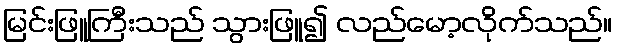
မြင်းဖြူကြီးသည် သွားဖြူ၍ လည်မော့လိုက်သည်။